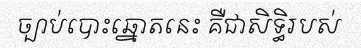
ច្បាប់បោះឆ្នោតនេះ គឺជាសិទ្ធិរបស់